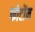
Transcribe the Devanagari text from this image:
फोटोंन